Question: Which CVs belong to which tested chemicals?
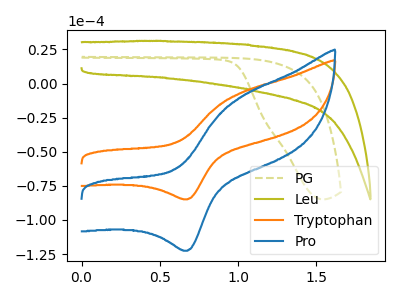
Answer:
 <answer>The olive dashed curve is labeled "PG". The olive curve is labeled "Leu". The orange curve is labeled "Tryptophan". The blue curve is labeled "Pro".</answer>
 <eval></eval>